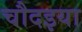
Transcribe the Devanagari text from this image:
चौदइया